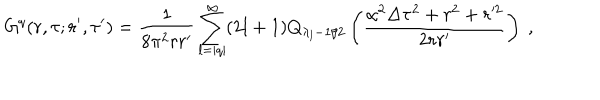
LaTeX: G ^ { q } ( r , \tau ; r ^ { \prime } , \tau ^ { \prime } ) = \frac 1 { 8 \pi ^ { 2 } r r ^ { \prime } } \sum _ { l = | q | } ^ { \infty } ( 2 l + 1 ) Q _ { \lambda _ { l } - 1 / 2 } \left( \frac { \alpha ^ { 2 } \Delta \tau ^ { 2 } + r ^ { 2 } + r ^ { 2 } } { 2 r r ^ { \prime } } \right) \ ,